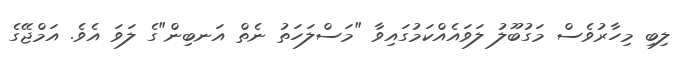
ލިބި މިހާރުވެސް މަގުބޫލު ލަވައެއްކަމުގައިވާ "މަސްލަހަތު ނެތް އަނބިން"ގެ ލަވަ އެވެ. އަމްޖޭގެ